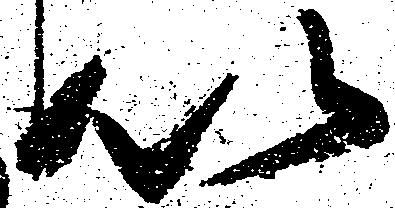
以